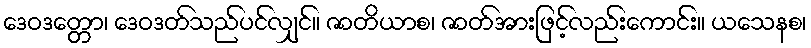
ဒေဝဒတ္တော၊ ဒေဝဒတ်သည်ပင်လျှင်။ ဇာတိယာစ၊ ဇာတ်အားဖြင့်လည်းကောင်း။ ယသေနစ၊